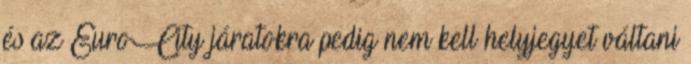
és az EuroCity járatokra pedig nem kell helyjegyet váltani